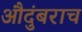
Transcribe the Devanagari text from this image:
औदुंबराच